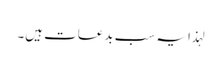
لہذا یہ سب بدعات ہیں۔